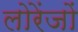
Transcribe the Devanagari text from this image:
लोरेंजों